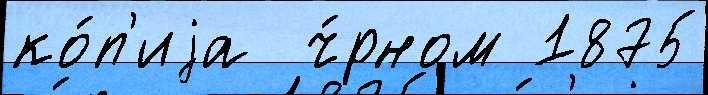
ко́п'иjа  ч́рном 1875